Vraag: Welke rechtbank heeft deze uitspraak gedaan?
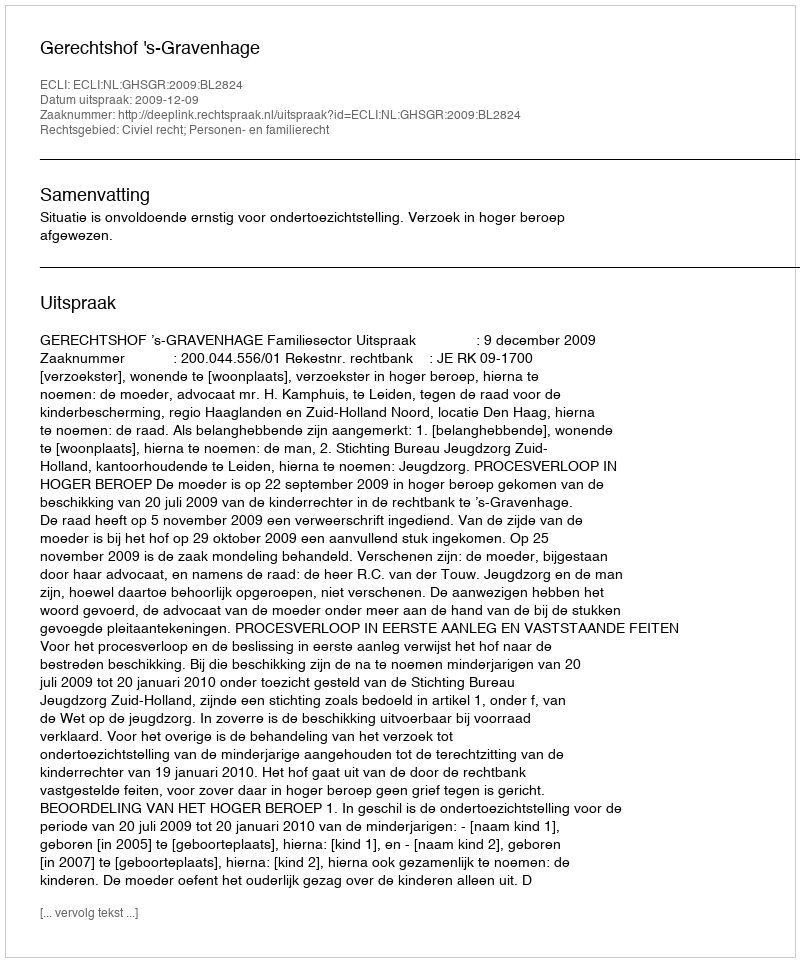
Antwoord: Gerechtshof 's-Gravenhage